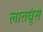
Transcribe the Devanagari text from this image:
लातघूंसे